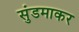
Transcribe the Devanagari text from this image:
सुंडमाकर